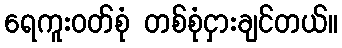
ရေကူးဝတ်စုံ တစ်စုံငှားချင်တယ်။